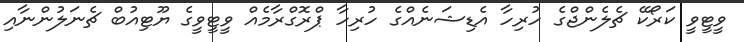
ވީޓީވީ ކަރޯކޭ ޗެލެންޖްގެ ހުރިހާ އެޑިޝަނެއްގެ ހުރިހާ ޕްރޮގްރާމެއް ވީޓީވީގެ ޔޫޓިއުބް ޗެނަލުންނާއި